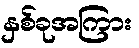
နှစ်ခုအကြား